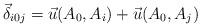
LaTeX: \begin{align*}\vec{\delta}_{i0j}=\vec {u}(A_{0},A_{i})+\vec {u}(A_{0},A_{j})\end{align*}